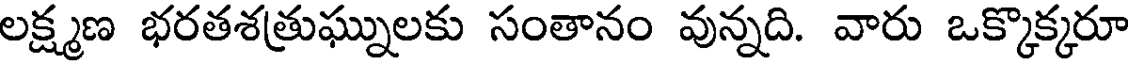
లక్ష్మణ భరతశత్రుఘ్నులకు సంతానం వున్నది. వారు ఒక్కొక్కరూ